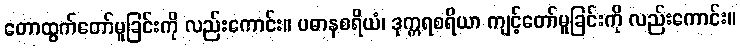
တောထွက်တော်မူခြင်းကို လည်းကောင်း။ ပဓာနစရိယံ၊ ဒုက္ကရစရိယာ ကျင့်တော်မူခြင်းကို လည်းကောင်း။